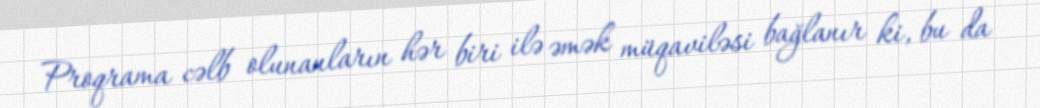
Proqrama cəlb olunanların hər biri ilə əmək müqaviləsi bağlanır ki, bu da